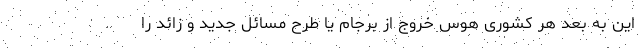
این به بعد هر کشوری هوس خروج از برجام یا طرح مسائل جدید و زائد را